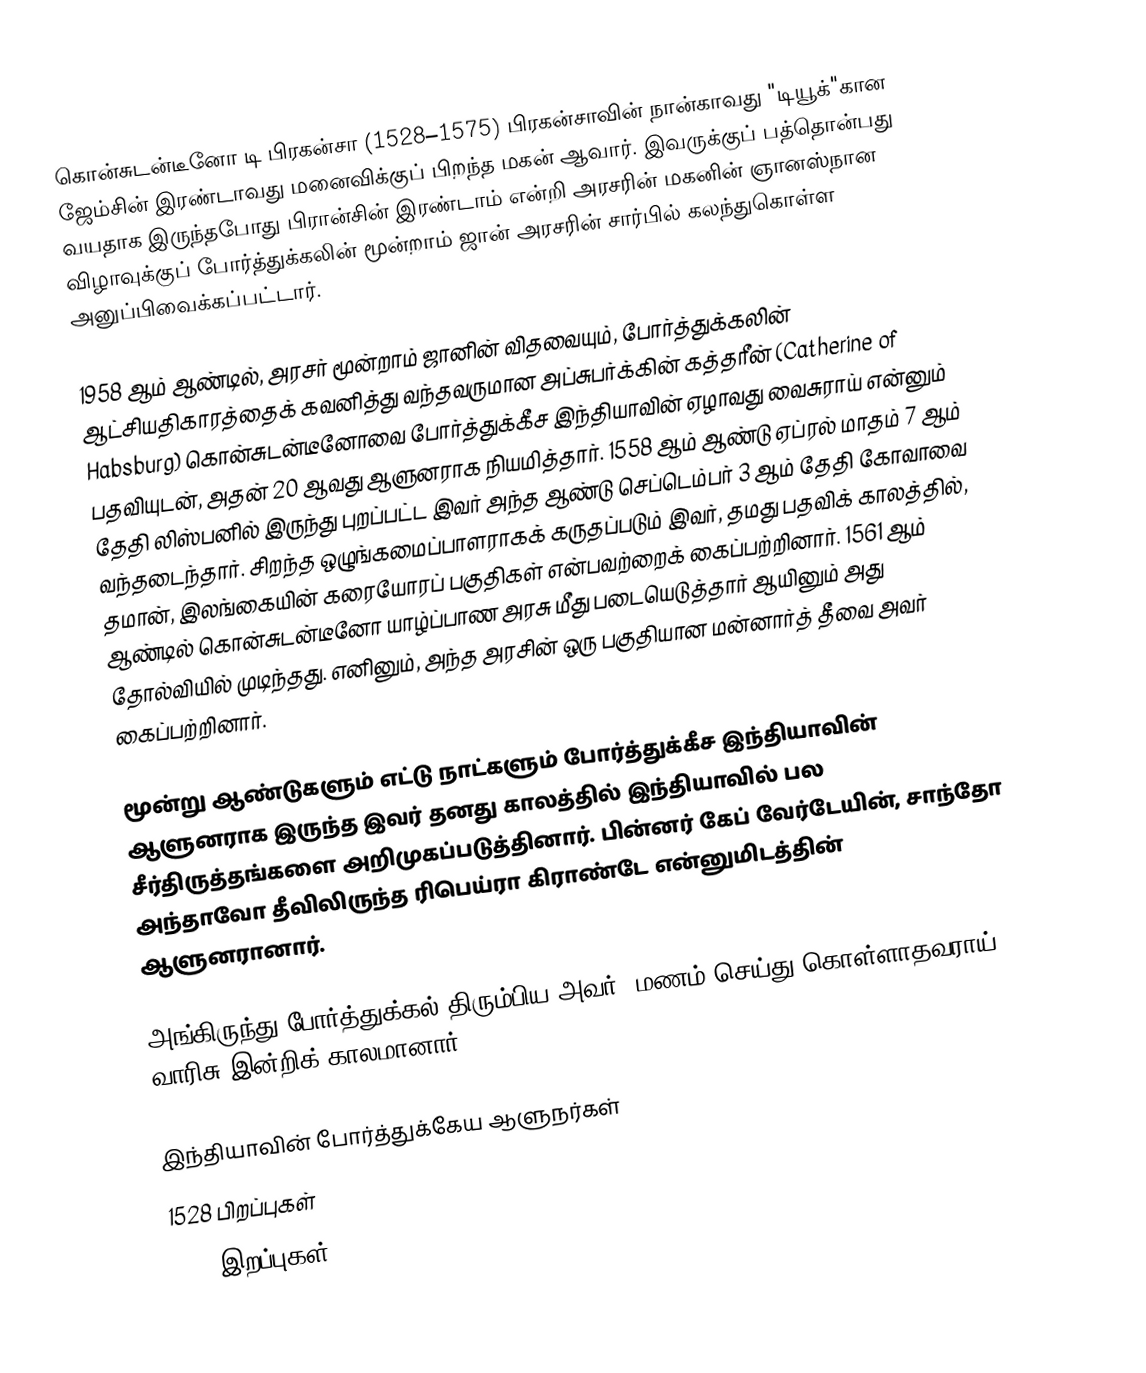
கொன்சுடன்டீனோ டி பிரகன்சா (1528–1575) பிரகன்சாவின் நான்காவது "டியூக்"கான ஜேம்சின் இரண்டாவது மனைவிக்குப் பிறந்த மகன் ஆவார். இவருக்குப் பத்தொன்பது வயதாக இருந்தபோது பிரான்சின் இரண்டாம் என்றி அரசரின் மகனின் ஞானஸ்நான விழாவுக்குப் போர்த்துக்கலின் மூன்றாம் ஜான் அரசரின் சார்பில் கலந்துகொள்ள அனுப்பிவைக்கப்பட்டார்.

1958 ஆம் ஆண்டில், அரசர் மூன்றாம் ஜானின் விதவையும், போர்த்துக்கலின் ஆட்சியதிகாரத்தைக் கவனித்து வந்தவருமான அப்சுபர்க்கின் கத்தரீன் (Catherine of Habsburg) கொன்சுடன்டீனோவை போர்த்துக்கீச இந்தியாவின் ஏழாவது வைசுராய் என்னும் பதவியுடன், அதன் 20 ஆவது ஆளுனராக நியமித்தார். 1558 ஆம் ஆண்டு ஏப்ரல் மாதம் 7 ஆம் தேதி லிஸ்பனில் இருந்து புறப்பட்ட இவர் அந்த ஆண்டு செப்டெம்பர் 3 ஆம் தேதி கோவாவை வந்தடைந்தார். சிறந்த ஒழுங்கமைப்பாளராகக் கருதப்படும் இவர், தமது பதவிக் காலத்தில், தமான், இலங்கையின் கரையோரப் பகுதிகள் என்பவற்றைக் கைப்பற்றினார். 1561 ஆம் ஆண்டில் கொன்சுடன்டீனோ யாழ்ப்பாண அரசு மீது படையெடுத்தார் ஆயினும் அது தோல்வியில் முடிந்தது. எனினும், அந்த அரசின் ஒரு பகுதியான மன்னார்த் தீவை அவர் கைப்பற்றினார்.

மூன்று ஆண்டுகளும் எட்டு நாட்களும் போர்த்துக்கீச இந்தியாவின் ஆளுனராக இருந்த இவர் தனது காலத்தில் இந்தியாவில் பல சீர்திருத்தங்களை அறிமுகப்படுத்தினார். பின்னர் கேப் வேர்டேயின், சாந்தோ அந்தாவோ தீவிலிருந்த ரிபெய்ரா கிராண்டே என்னுமிடத்தின் ஆளுனரானார்.

அங்கிருந்து போர்த்துக்கல் திரும்பிய அவர், மணம் செய்து கொள்ளாதவராய், வாரிசு இன்றிக் காலமானார்.

இந்தியாவின் போர்த்துக்கேய ஆளுநர்கள்
1528 பிறப்புகள்
1575 இறப்புகள்